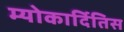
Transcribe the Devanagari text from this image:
म्योकार्दितिस